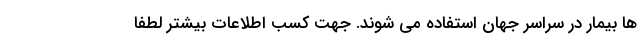
ها بیمار در سراسر جهان استفاده می شوند. جهت کسب اطلاعات بیشتر لطفا